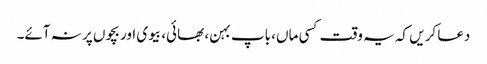
دعا کریں کہ یہ وقت کسی ماں، باپ بہن، بھائی، بیوی اور بچوں پر نہ آئے۔